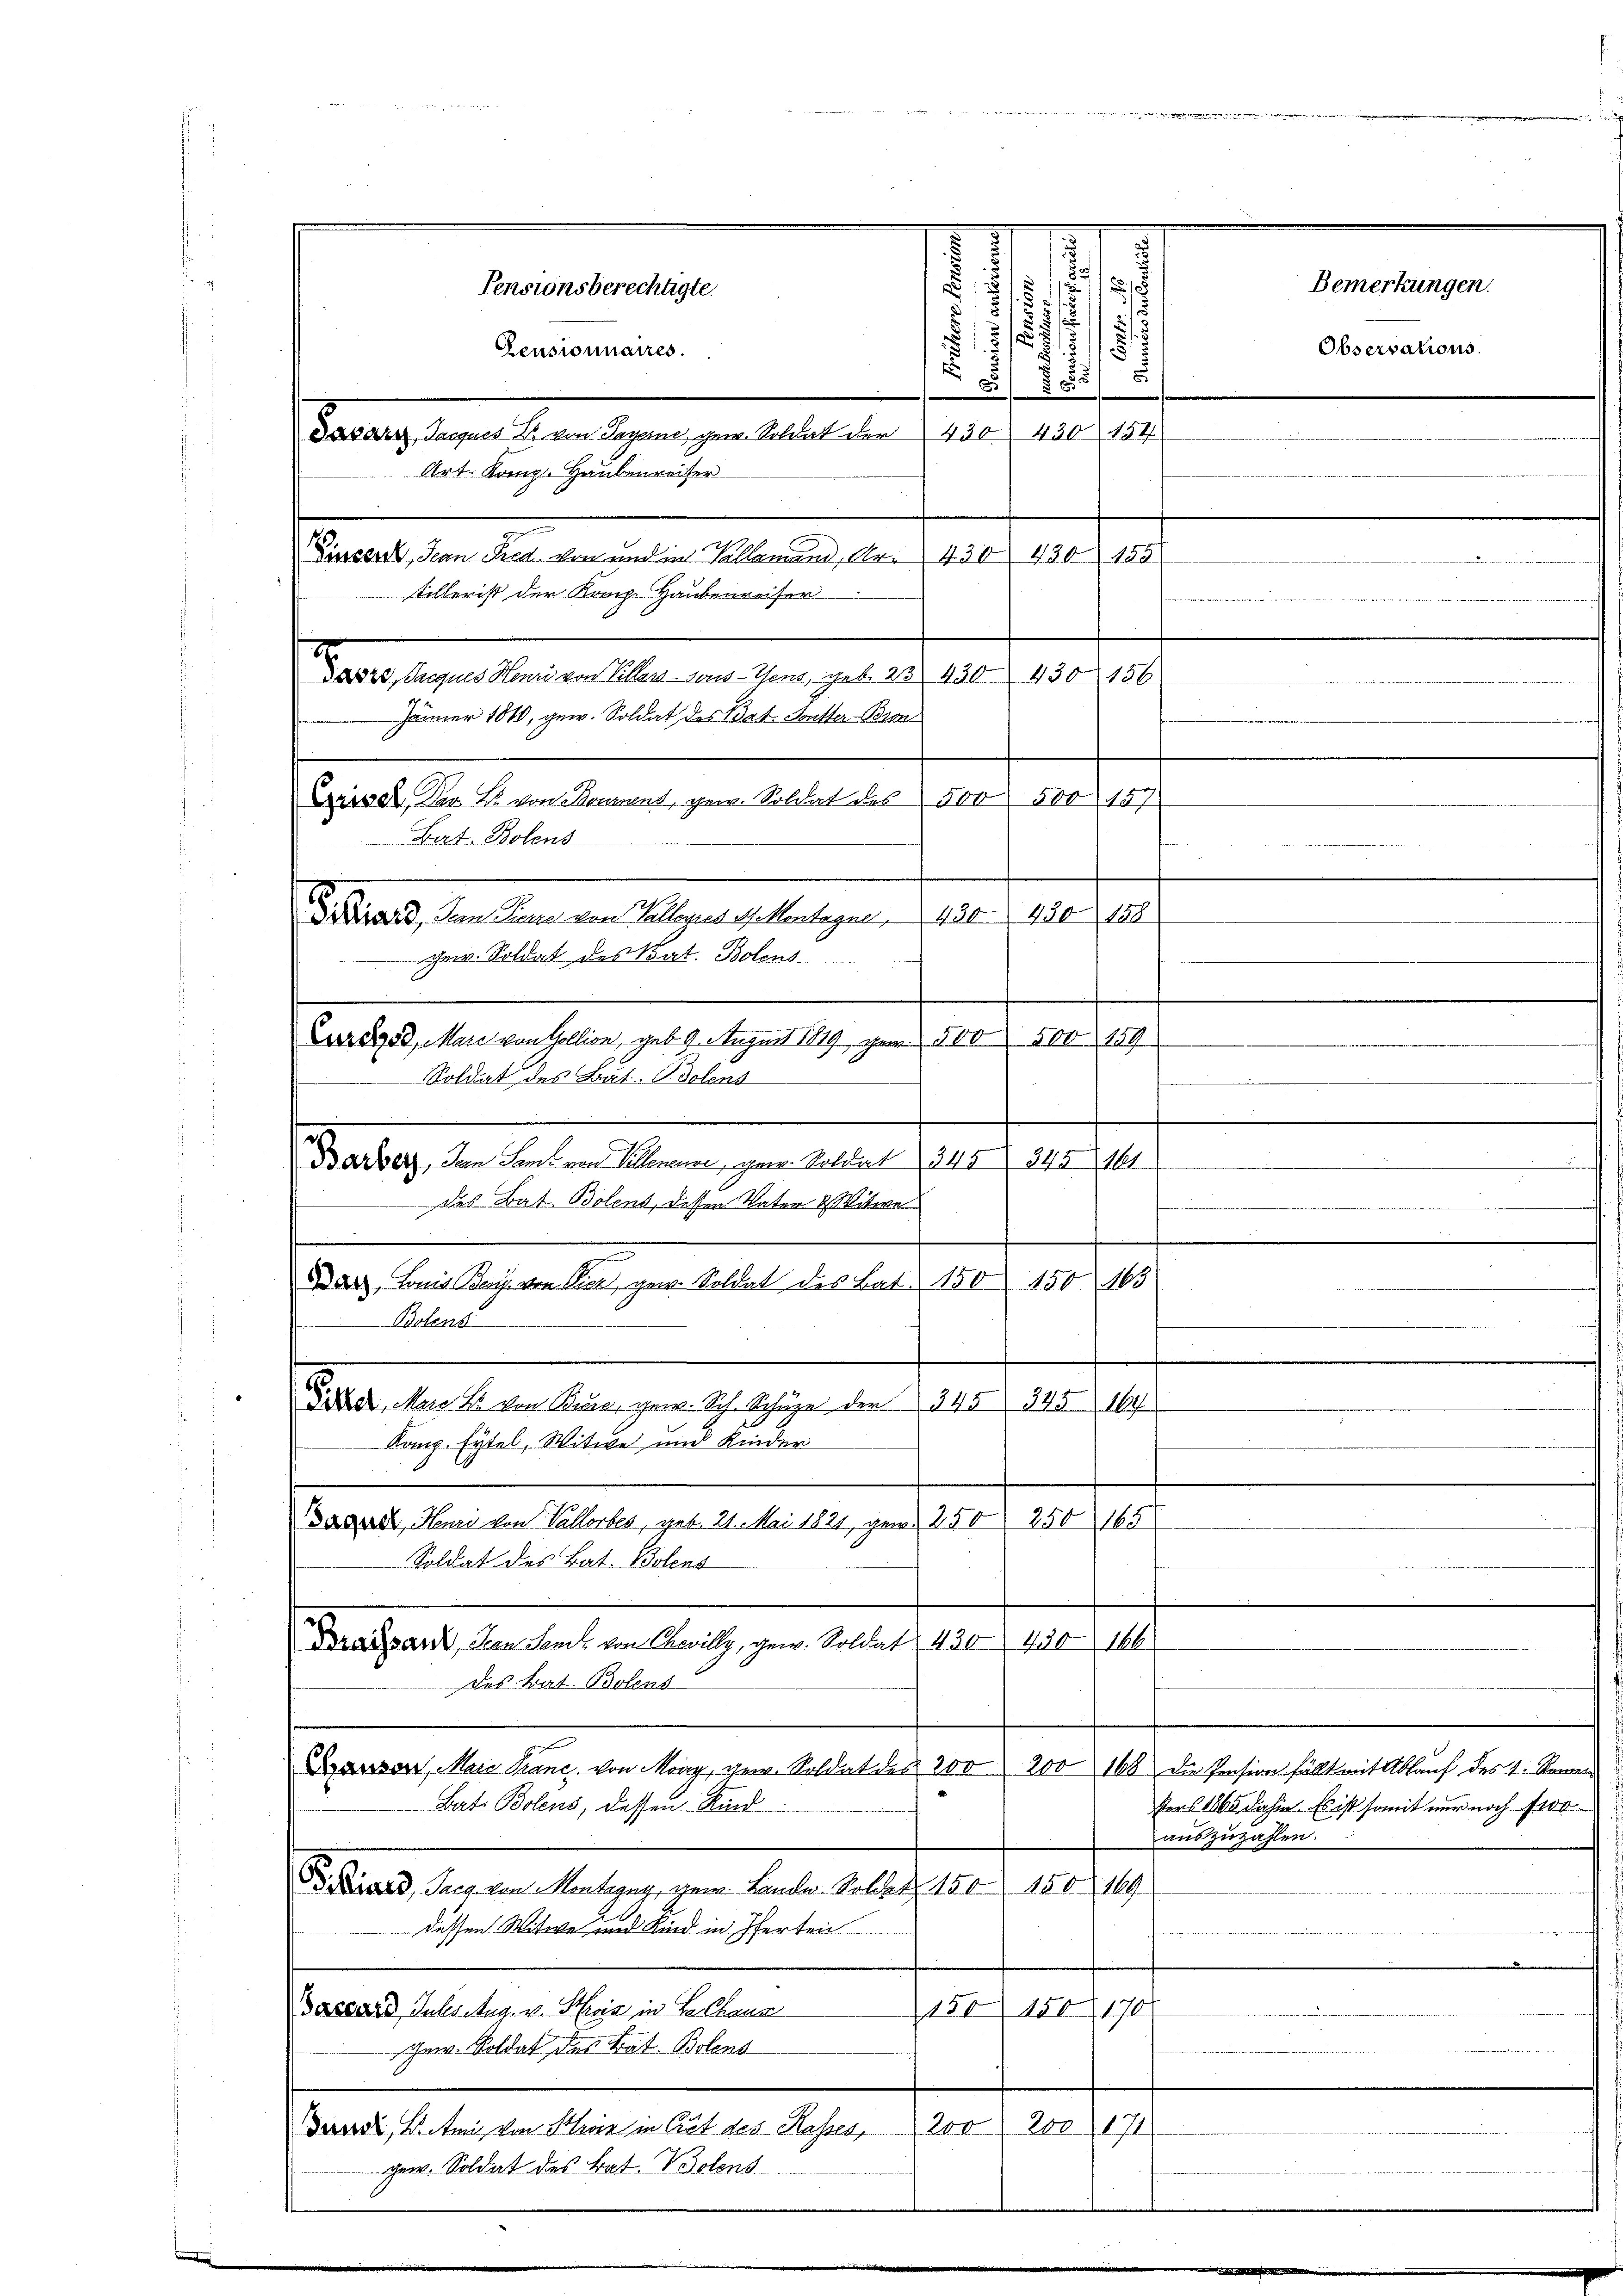
Bat. Bolens
DDrard, den Tiere von Valleyres of Montagne 430. 430 158
hrw. Soldat des Bat. Bolent

Pensionnaires.
Valangelegen an eigen gen betreten d. 10. 102. 149.
Zinsers, Hean Pred von und in Tallemand, Nr. 430 430 189
tillerist der Komp. Haubenreiser
Daver, Preques Henri von Piller aus- Gent, geb. 23 430. 430 156
Jänner 1810, gew. Soldat des Bat. Butter Bron
Criser, Der B. von Bommend, gew. Soldat des 500 500 157
Zur 8958, Mare von Gollion, geb. 9. August 1819 n 2500 500 159
Soldat des Art. Bolens
Barbar, den Landren Alemanne, gen. Soldat 345, 245, 141
des Bat. Bolent, dessen Vater & Mitwe
Dach, Komit Bey von Vier, gew. Soldat des Bat. 150 150 103
Valent
Aber den kein Gener anrathe gegen der a 20 Jahr 1890.
Komp. Eytel, Witwe und Kinder
Sacere, Heri von Vallorber, geb. 21. Mai 1821, gar 250 250 165
Soldat des Bat. Bolens
Draran, den Semes von Chevilly, gew. Soldat 430, 430 166
Des trat. Bolens
Draison, Mare Franc von May, gew. Soldat des 200 200 168 die Pension fällt mit Ablaŭf des H: Remen
Bat. Bolens, dassen Kind
F. Krard, Sieg von Montagny, der Lande. Solcher 150 150, 169
dessen Witwe und Kind in Pferten
aesard Sules Aug. v. Hier in Be Chaus
450. 450 170
gew. Soldat des Rat. Bolens
Bandi, B. mit von Klein in Gut des Kasses, 200 200 171
gew. Soldat des Bat. Volens

Art. Komp. Haubenreiter

Pensionsberechtigte.

5
E
1
1
1
1
.
.
/
.
.
§ 850
d

auszuzahlen.

Bemerkungen.
Observations.

sters 1865 dahin. Es ist somit nur noch 100